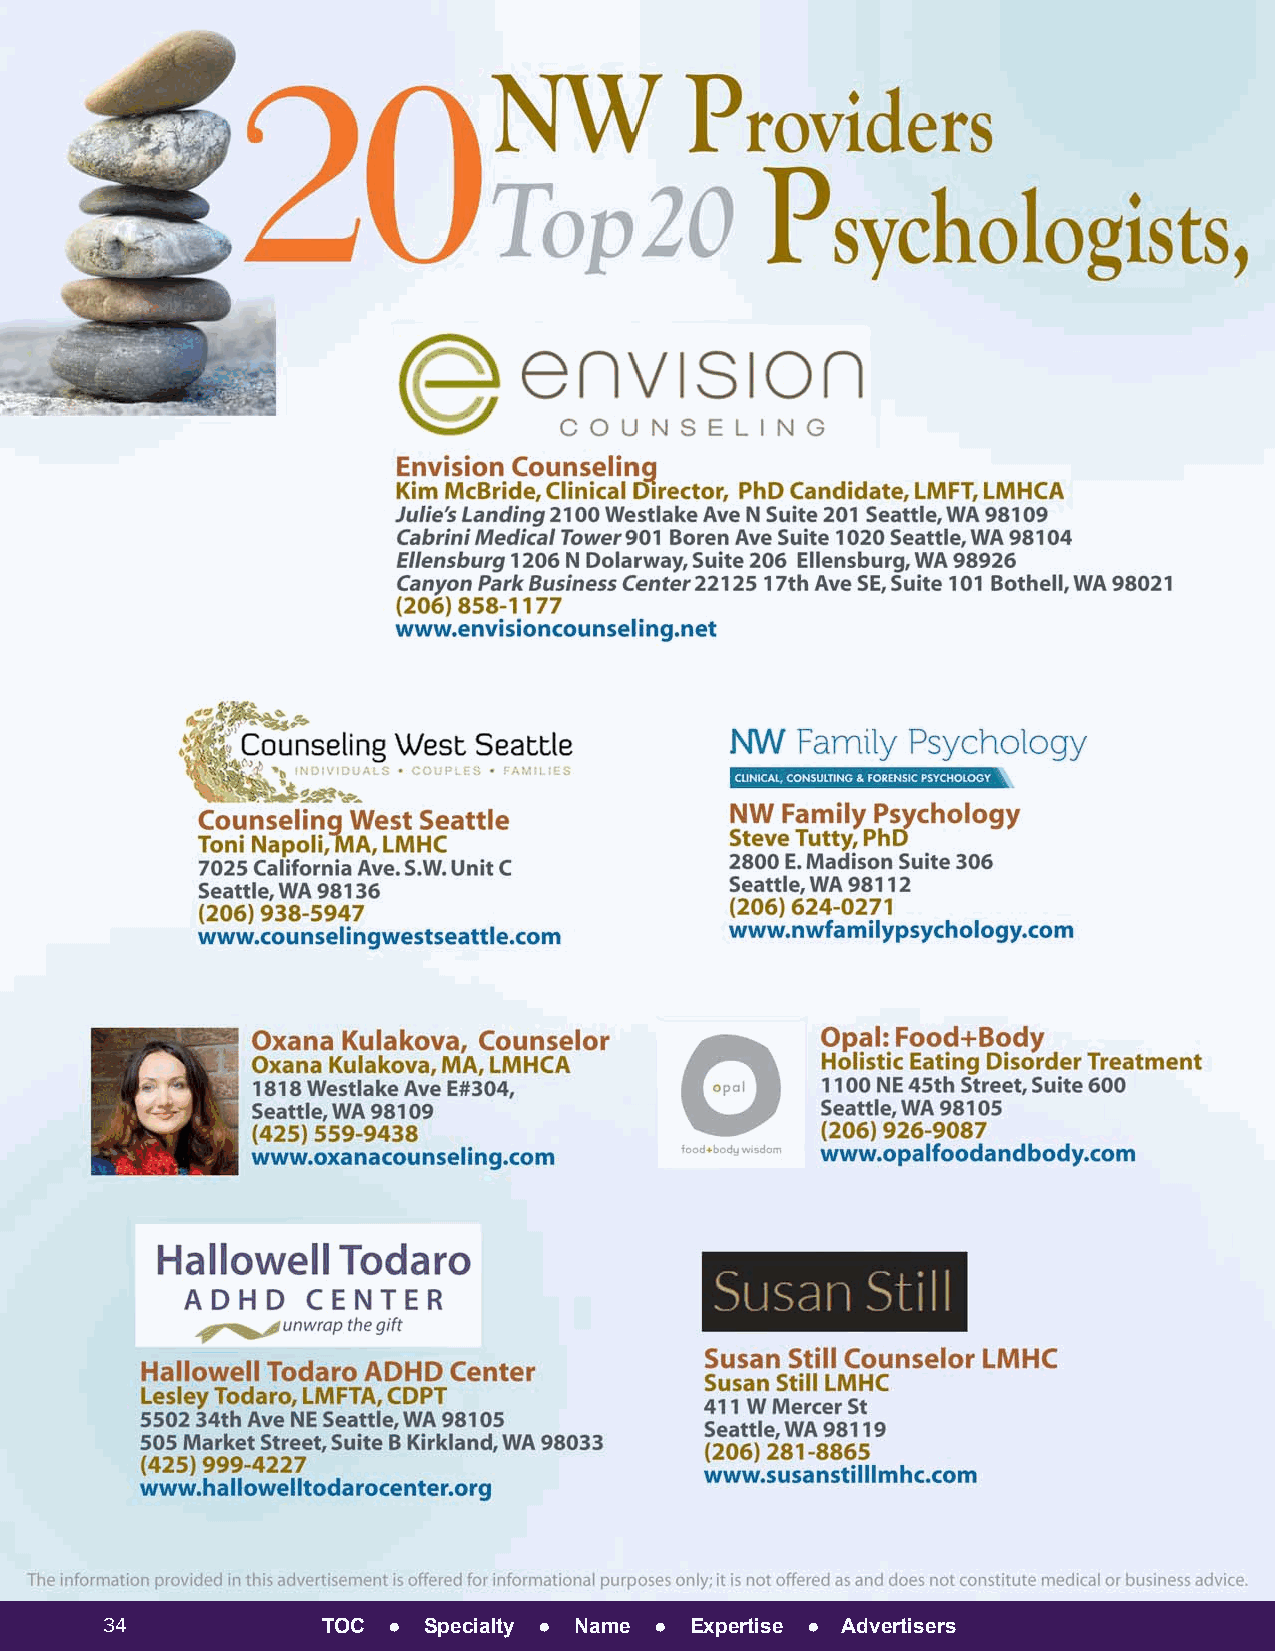
34            TOC  ● Specialty ● Name ● Expertise ● Advertisers